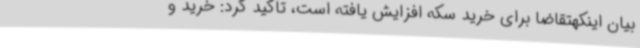
بیان اینکهتقاضا برای خرید سکه افزایش یافته است، تاکید کرد: خرید و